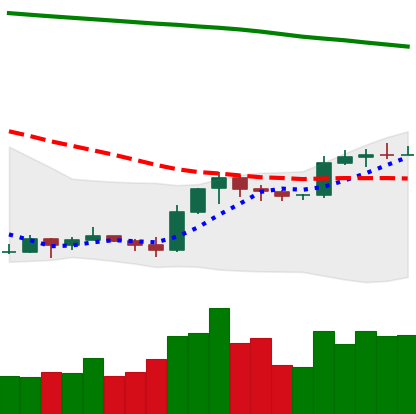
Ticker: EOS-USD
Chart end date: 2019-09-18
Forward return: -9.57%
Label: down_7plus